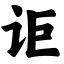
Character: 讵